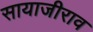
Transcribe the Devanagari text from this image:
सायाजीराव